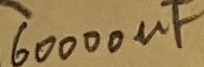
Text: 60000µF